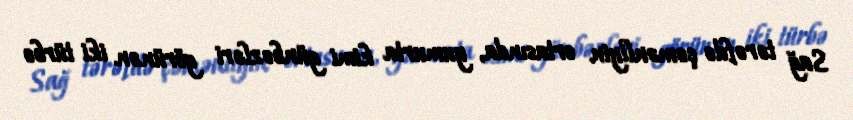
Sağ tərəfdə çəmənliyin ortasında, yumurta kimi günbəzləri görünən iki türbə